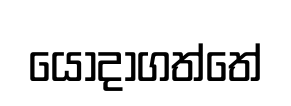
යොදාගත්තේ